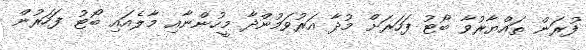
ފުރަން ތައްޔާރުވާ ބޯޓު ފަހަރަށް މުދާ އަރުވަމުންދާ މީހުންނާއި މާލެއައި ބޯޓު ފަހަރުން